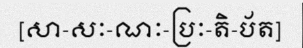
[សា-សៈ-ណៈ-ប្រៈ-តិ-ប័ត]